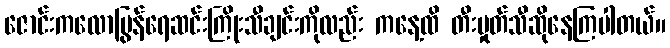
ဇောင်းကလောပြွန်ရေဆင်းကြိုးသီချင်းကိုလည်း ကနေ့ထိ တီးမှုတ်သီဆိုနေကြပါတယ်။